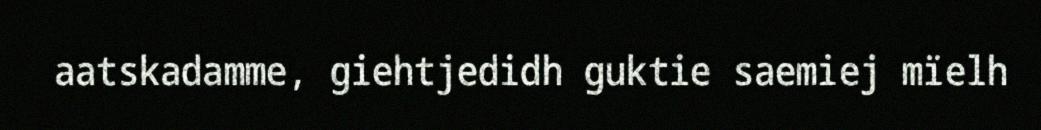
aatskadamme, giehtjedidh guktie saemiej mïelh